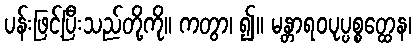
ပန်းဖြင့်ပြီးသည်တို့ကို။ ကတွာ၊ ၍။ မန္တာရဝပုပ္ပစ္စတ္ထေန၊